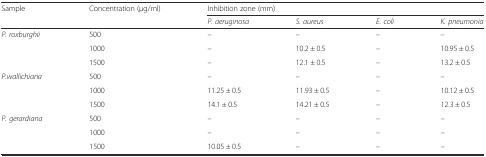
<table><thead><tr><td rowspan="2"><b>Sample</b></td><td><b>Concentration (μg/ml)</b></td><td colspan="4"><b>Inhibition zone (mm)</b></td></tr><tr><td></td><td><b><i>P. aeruginosa</i></b></td><td><b><i>S. aureus</i></b></td><td><b><i>E. coli</i></b></td><td><b><i>K. pneumonia</i></b></td></tr></thead><tbody><tr><td rowspan="3"><i>P. roxburghii</i></td><td>500</td><td>–</td><td>–</td><td>–</td><td>–</td></tr><tr><td>1000</td><td>–</td><td>10.2 ± 0.5</td><td>–</td><td>10.95 ± 0.5</td></tr><tr><td>1500</td><td>–</td><td>12.1 ± 0.5</td><td>–</td><td>13.2 ± 0.5</td></tr><tr><td rowspan="3"><i>P.wallichiana</i></td><td>500</td><td>–</td><td>–</td><td>–</td><td>–</td></tr><tr><td>1000</td><td>11.25 ± 0.5</td><td>11.93 ± 0.5</td><td>–</td><td>10.12 ± 0.5</td></tr><tr><td>1500</td><td>14.1 ± 0.5</td><td>14.21 ± 0.5</td><td>–</td><td>12.3 ± 0.5</td></tr><tr><td rowspan="3"><i>P. gerardiana</i></td><td>500</td><td>–</td><td>–</td><td>–</td><td>–</td></tr><tr><td>1000</td><td>–</td><td>–</td><td>–</td><td>–</td></tr><tr><td>1500</td><td>10.05 ± 0.5</td><td>–</td><td>–</td><td>–</td></tr></tbody></table>